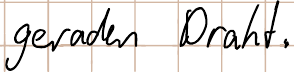
geraden Draht.